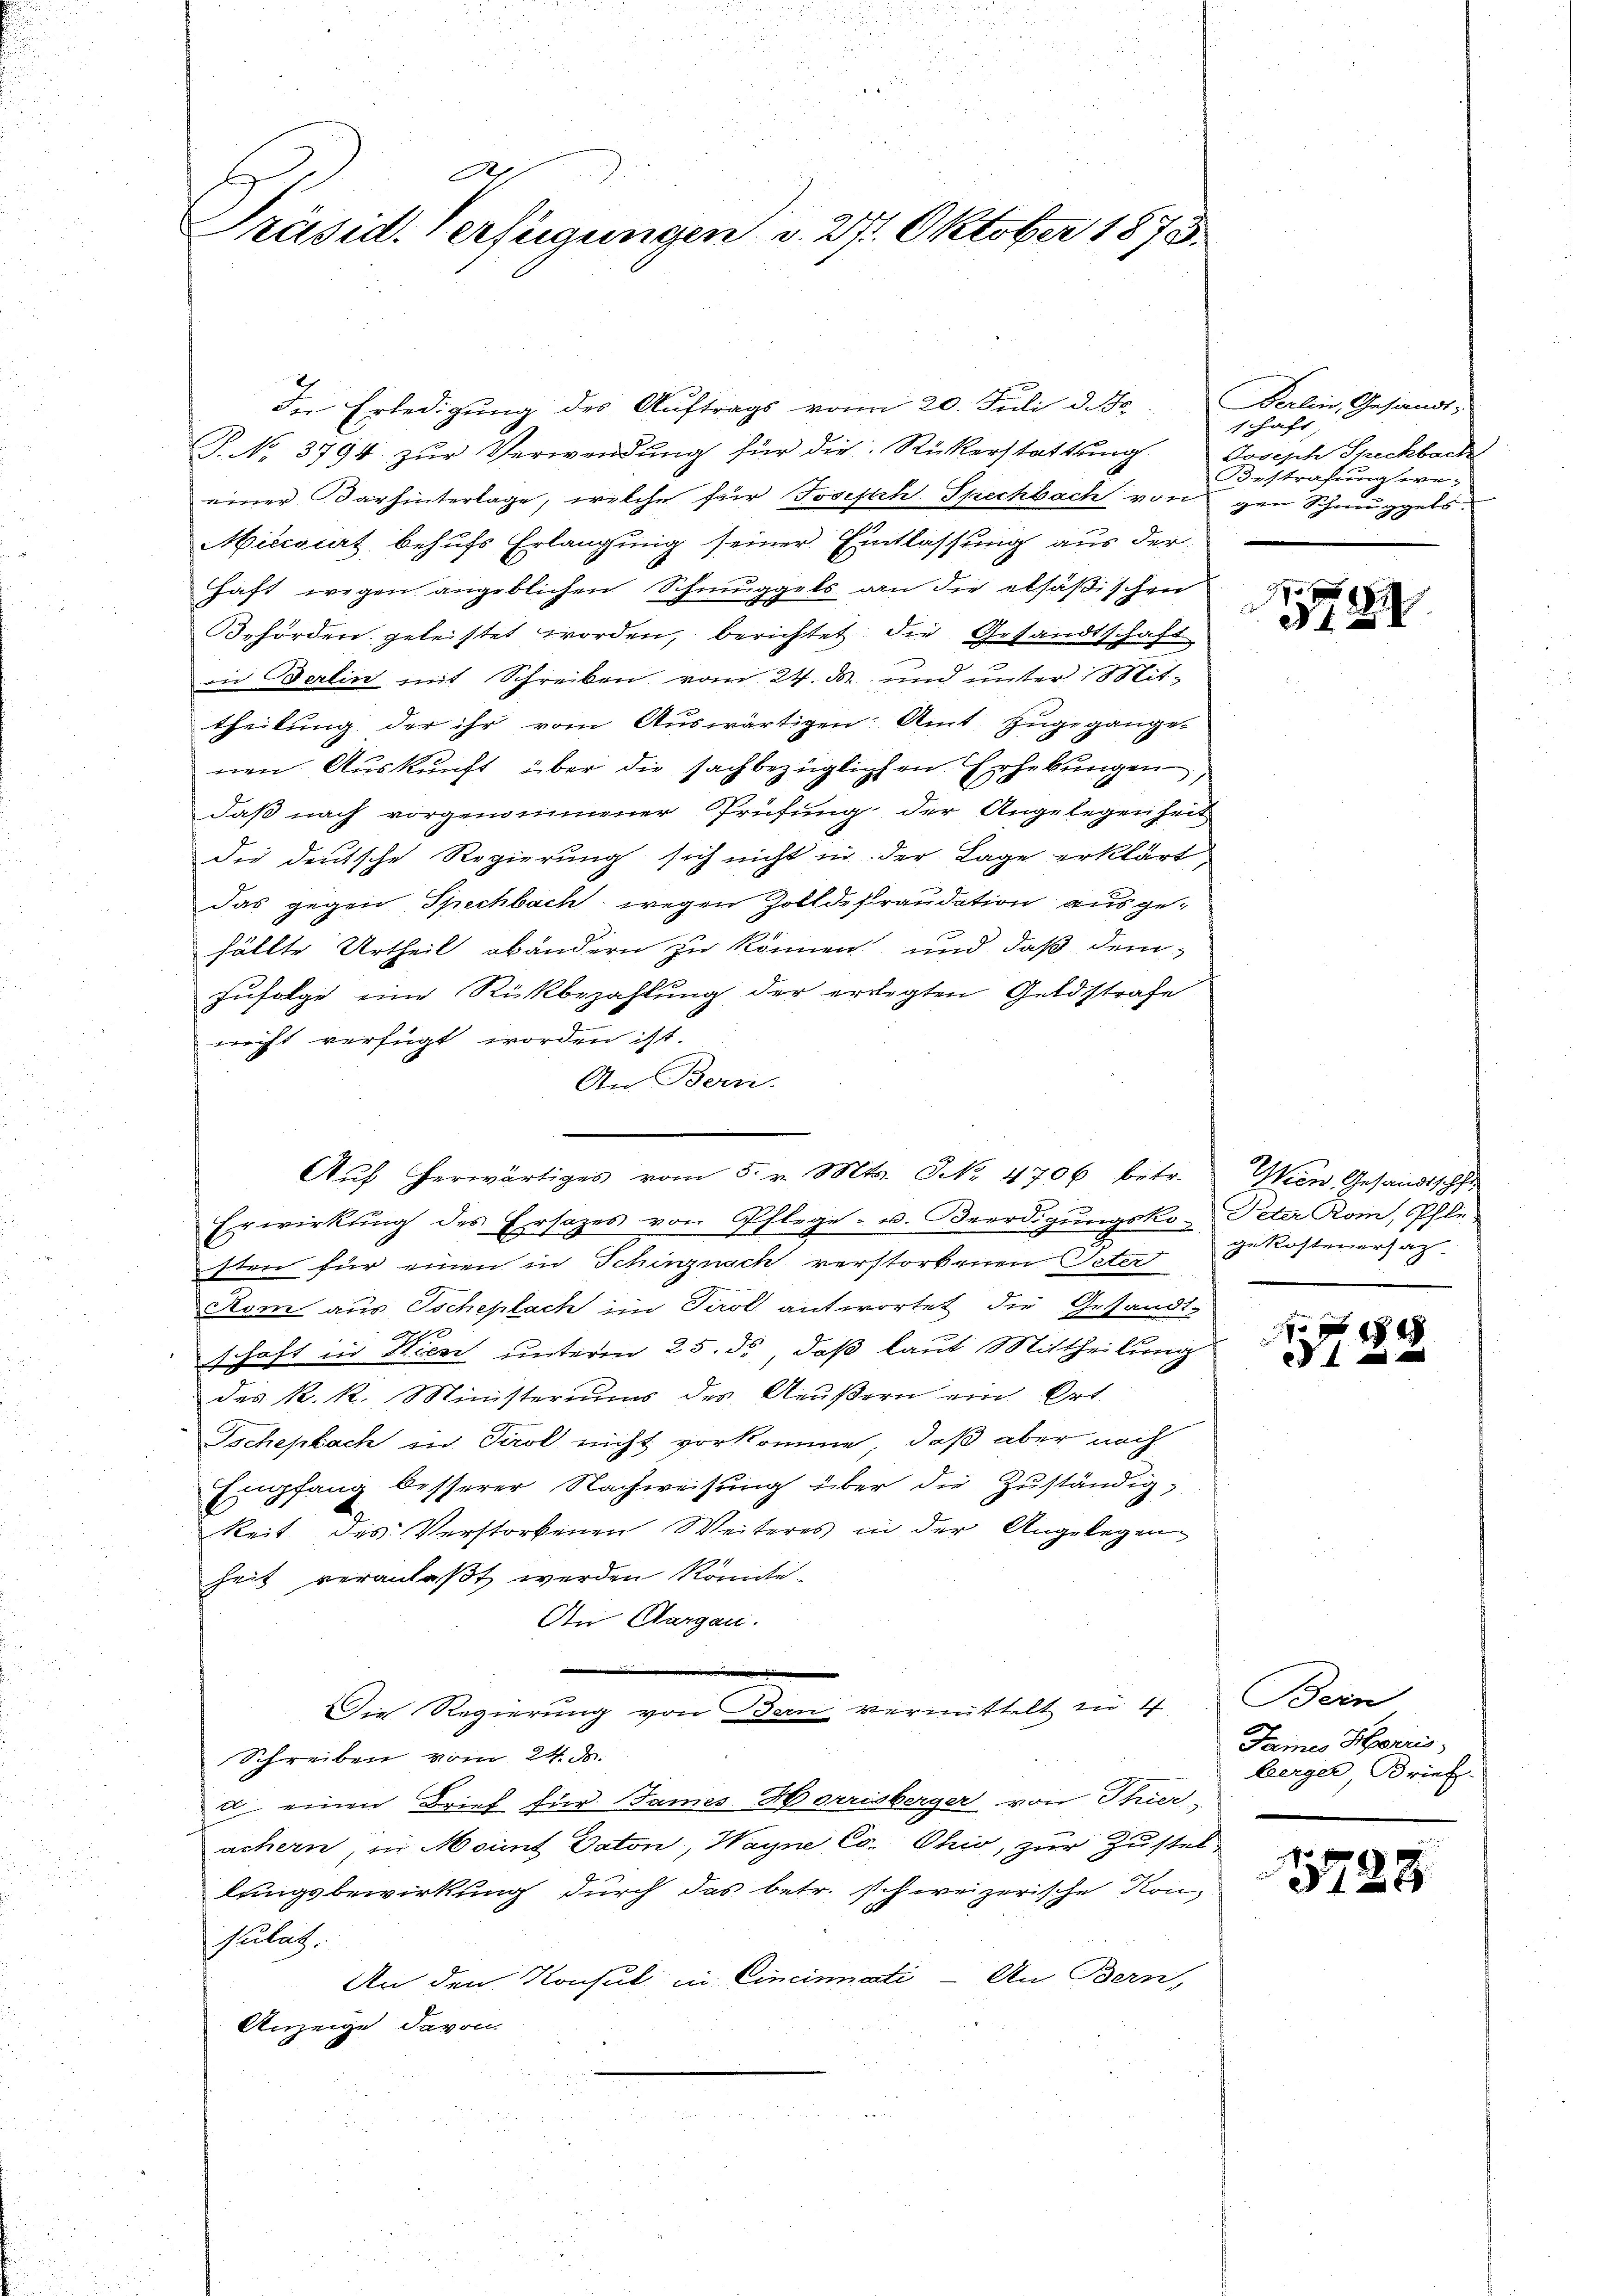
n
A
Präsid. Verfügungen d. 27. Oktober 1873.

In Erledigung des Auftrags vom 20. Juli d. Js.
P. No. 3794 zŭr Verwendung für die Rükerstattung
einer Darhinterlage, welche für Joseph Spechbach von gen Schmuggels
Miccoiat behufs Erlangung seiner Entlassung aus der
haft wegen angeblichen Schmuggels an die elsäßischen
Behörden, geleistet worden, berichtet die Gesandtschaft
in Berlin mit Schreiben vom 24. M. und unter Mittheilung der ihr vom Auswärtigen Amt zugegange-
nen Auskunft über die sachbezüglichen Erhebungen,
daß nach vorgenommener Prüfung der Angelegenheit
die deutsche Regierung sich nicht in der Lage erklärt,
Das gegen Spechbach, wegen Zolldefraudation ausgehällte Urtheil abändern zu können und daß dem¬
Zufolge eine Rückbezahlung der erlegten Geldstrafe
nicht verfügt worden ist.
An Bern.
lege - u. Beerdigungsko- Peter Rom, Pfle¬
Erwirkung des Ersatzes von Pfi
sten für einen in Schinznach verstorbenen Peter
Kom aus Tscheplach im Tirol antwortet die Gesandt-
2.2
schaft in Wien unteren 25. ds, daß laut Mittheilung
des k.k. Ministeriums des Aeußern ein Ort
Tschepkach in Tirol nicht vorkomme, daß aber nach
Emfang besserer Nachweisung über die Zuständigkeit des Verstorbenen Weiteres in der Angelegen
heit veranlaßt werden könnte.
An Aargau.
Der Regierung von den vermittlich in de
Schreiben vom 24. ds.
d. einen Brief für Sames- Horrisberger von Thur-
achern, in Mount Daton, Wagne Co. Ohio, zur Zustellungsbewirkung durch das betr. schweizerische Kon-
sulat
Un Bern,
An den Konsul in Cincinati
Anzeige, davon

Aŭf herwärtiges vom 5. v. Mts. NNo. 1706 betr.

Berlin, Gesandt,
schaft,
Joseph Speckbach
Bestrafung we¬

775 f
312.

Wien, Gesandtschft
gekostenersatz-

xx
 4 x

Bern
James Heiris
berger, Brief.

5728